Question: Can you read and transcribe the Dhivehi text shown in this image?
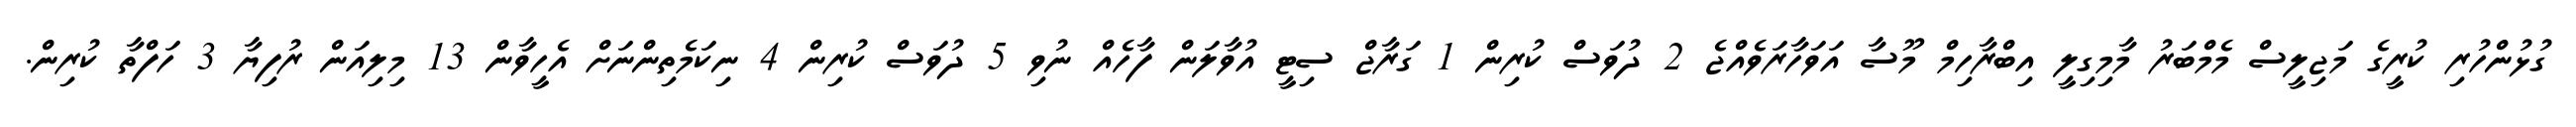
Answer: ގުޅުންހުރި ކުރީގެ މަޖިލީސް މެމްބަރު މާމިގިލީ އިބްރާހިމް މޫސާ އަވަހާރަވެއްޖެ 2 ދުވަސް ކުރިން 1 ގަރާޖް ސިޓީ އުވާލަން ފާހެއް ނުވި 5 ދުވަސް ކުރިން 4 ނިކަމެތިންނަށް އެހީވާން 13 މިލިއަން ރުފިޔާ 3 ހަފްތާ ކުރިން.